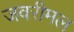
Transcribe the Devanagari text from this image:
जवरीमल